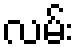
လမ်း